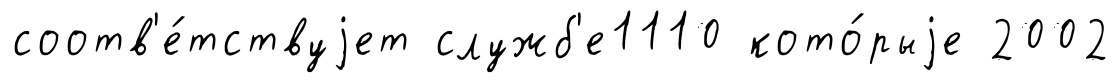
соотв'е́тствуjет служб'е1110 кото́рыjе 2002